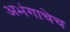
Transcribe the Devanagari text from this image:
अभंगाचेच